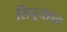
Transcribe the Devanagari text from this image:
सिचुयशन